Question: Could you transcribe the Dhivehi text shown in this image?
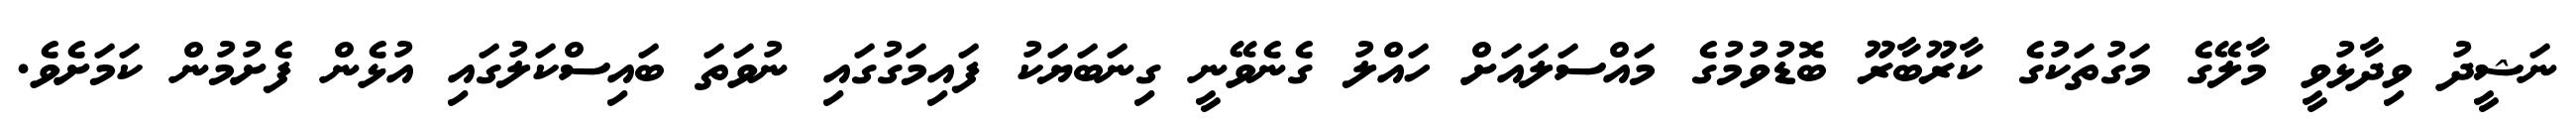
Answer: ނަޝީދު ވިދާޅުވީ މާލޭގެ މަގުތަކުގެ ކާރޫބާރޫ ބޮޑުވުމުގެ މައްސަލައަށް ހައްލު ގެނެވޭނީ ގިނަބަޔަކު ފައިމަގުގައި ނުވަތަ ބައިސްކަލުގައި އުޅެން ފެށުމުން ކަމަށެވެ.